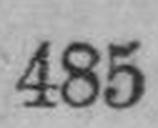
485